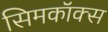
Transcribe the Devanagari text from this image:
सिमकॉक्स